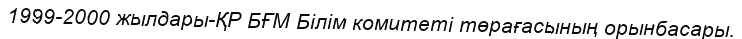
1999-2000 жылдары-ҚР БҒМ Білім комитеті төрағасының орынбасары.